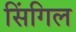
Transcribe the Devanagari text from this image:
सिंगिल